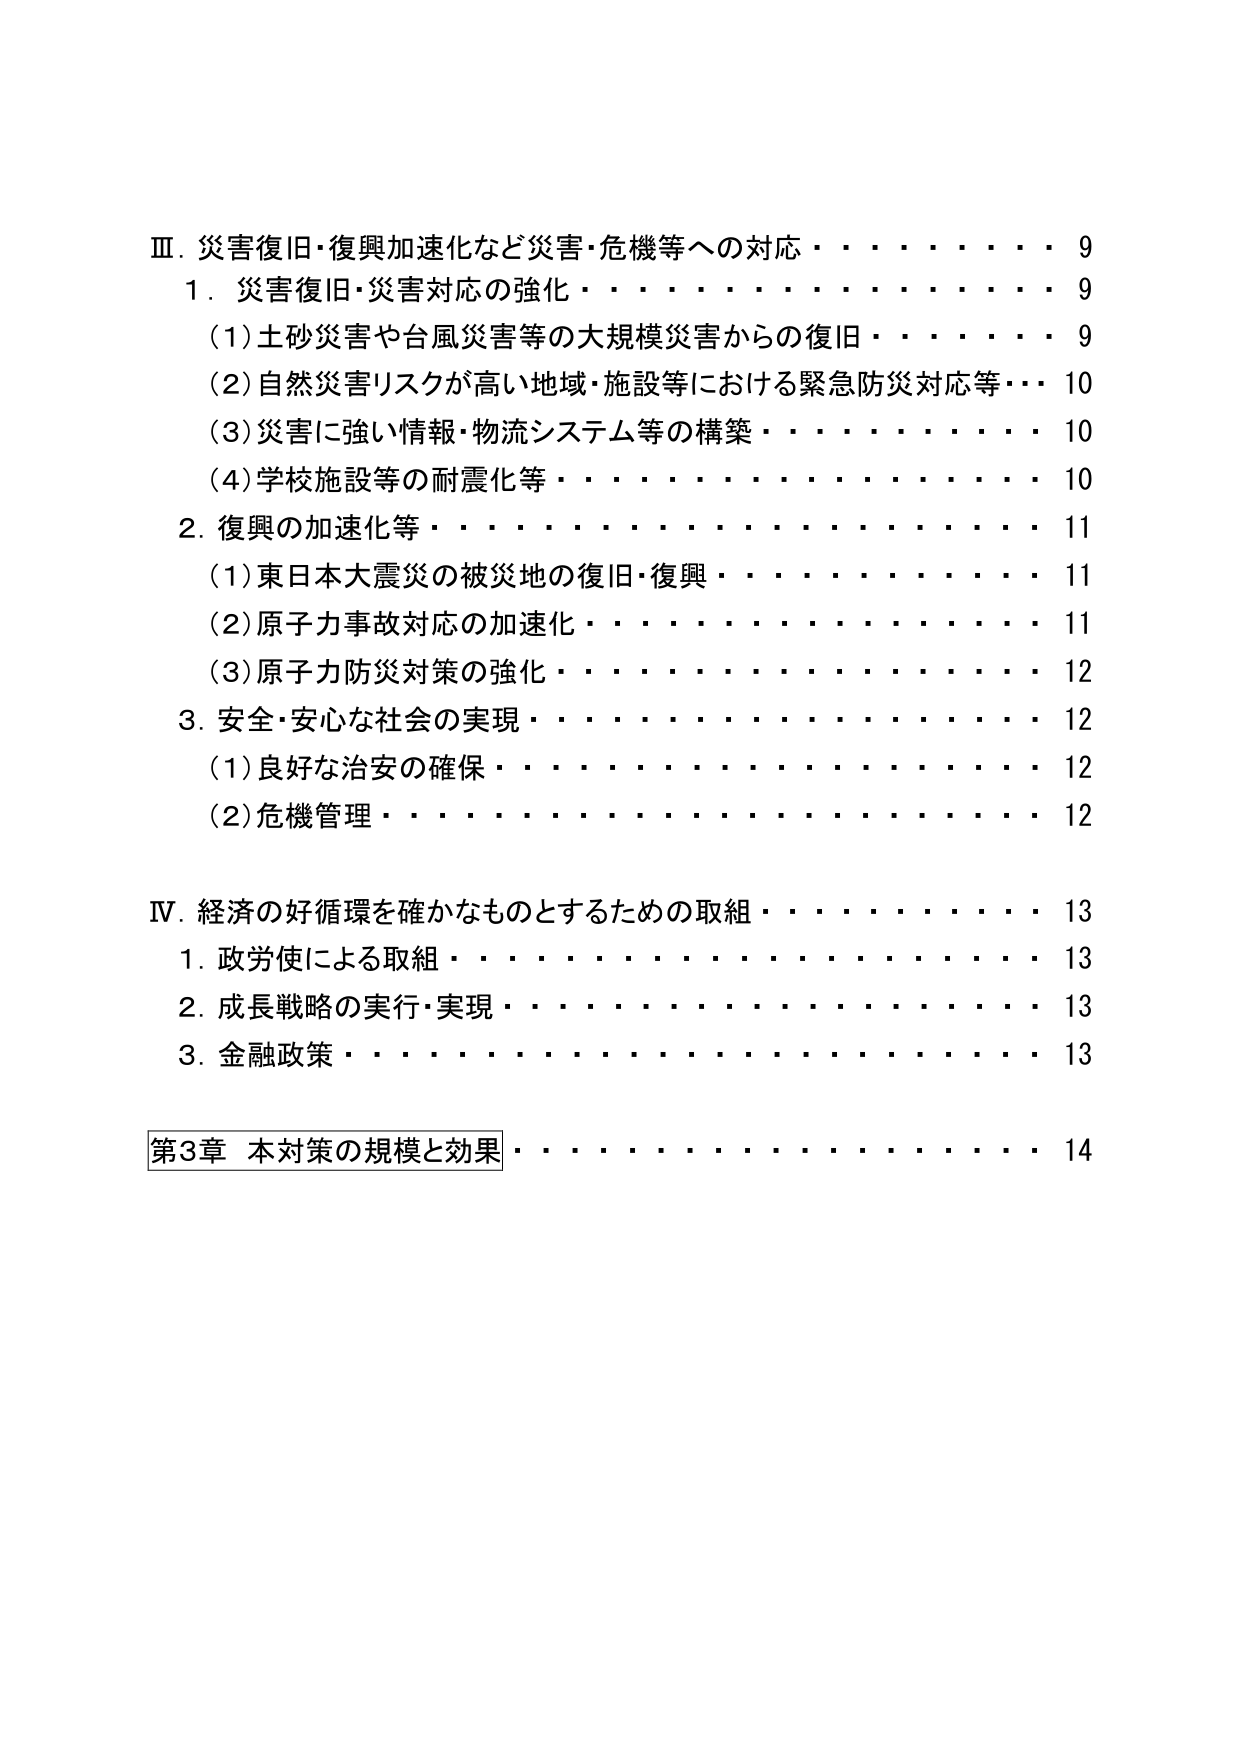
Ⅲ．災害復旧・復興加速化など災害・危機等への対応・・・・・・・・・・9
　1．災害復旧・災害対応の強化・・・・・・・・・・・・・・・・9
　　(1)土砂災害や台風災害等の大規模災害からの復旧・・・・・・・・9
　　(2)自然災害リスクが高い地域・施設等における緊急防災対応等・・・10
　　(3)災害に強い情報・物流システム等の構築・・・・・・・・・・10
　　(4)学校施設等の耐震化等・・・・・・・・・・・・・・・・10
　2．復興の加速化等・・・・・・・・・・・・・・・・・・・・11
　　(1)東日本大震災の被災地の復旧・復興・・・・・・・・・・・・11
　　(2)原子力事故対応の加速化・・・・・・・・・・・・・・・・11
　　(3)原子力防災対策の強化・・・・・・・・・・・・・・・・・12
　3．安全・安心な社会の実現・・・・・・・・・・・・・・・・12
　　(1)良好な治安の確保・・・・・・・・・・・・・・・・・・・12
　　(2)危機管理・・・・・・・・・・・・・・・・・・・・・・・12

Ⅳ．経済の好循環を確かなものとするための取組・・・・・・・・・・13
　1．政労使による取組・・・・・・・・・・・・・・・・・・・・13
　2．成長戦略の実行・実現・・・・・・・・・・・・・・・・・・13
　3．金融政策・・・・・・・・・・・・・・・・・・・・・・・・13

第3章 本対策の規模と効果・・・・・・・・・・・・・・・・・・14